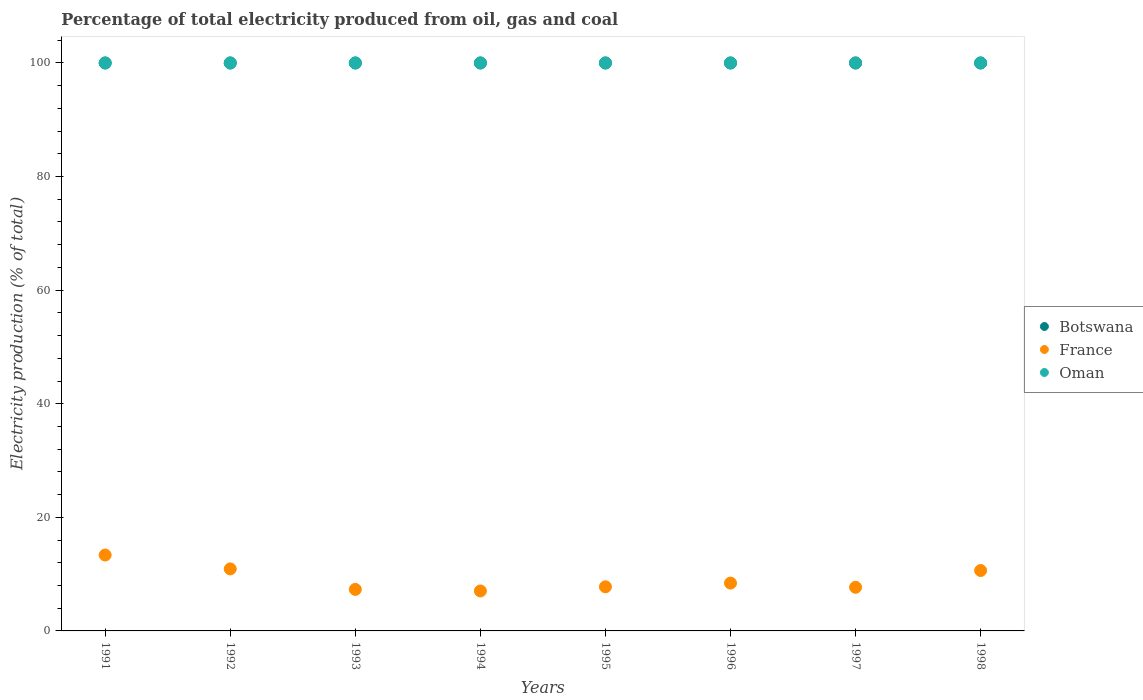
| Years | Botswana | France | Oman |
 | --- | --- | --- | --- |
 | 1991 | 100 | 13.4 | 100 |
 | 1992 | 100 | 10.9 | 100 |
 | 1993 | 100 | 7.31 | 100 |
 | 1994 | 100 | 7.03 | 100 |
 | 1995 | 100 | 7.77 | 100 |
 | 1996 | 100 | 8.42 | 100 |
 | 1997 | 100 | 7.68 | 100 |
 | 1998 | 100 | 10.6 | 100 |